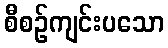
စီစဉ်ကျင်းပသော